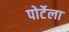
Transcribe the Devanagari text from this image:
पोर्टेला